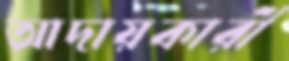
আদায়কারী